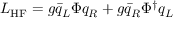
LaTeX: { \cal L } _ { \mathrm { H F } } = g \bar { q } _ { L } \Phi q _ { R } + g \bar { q } _ { R } \Phi ^ { \dagger } q _ { L }